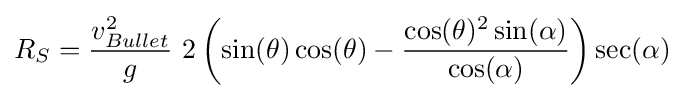
R_{S}={\frac {v_{Bullet}^{2}}{g}}\,\,2\left(\sin(\theta )\cos(\theta )-{\frac {\cos(\theta )^{2}\sin(\alpha )}{\cos(\alpha )}}\right)\sec(\alpha )